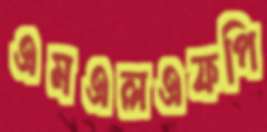
এমএলএফপি